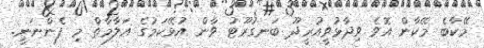
މޭކާބެ މޭކާން އޮވެ ވިދާޅުވީއުރީދޫ ބަނގުރޫޓު ވާން އުޅޭކަމުގެ އަލާމާތް މި ފެންނަނީ.